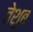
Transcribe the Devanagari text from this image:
तेशुब